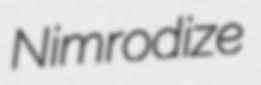
Nimrodize